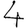
Digit: 4